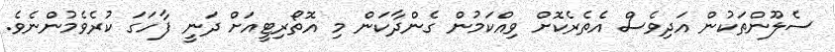
ސެލޫންތަކުން އަދިވެސް އެތެރެކޮށް ވިއްކަމުން ގެންދާކަން މި އޮތޯރިޓީއަށް ދަނީ ފާހަގަ ކުރެވެމުންނެވެ.